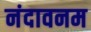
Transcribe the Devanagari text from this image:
नंदावनम